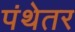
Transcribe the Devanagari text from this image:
पंथेतर